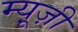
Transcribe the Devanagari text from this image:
म्यू़ज़ी